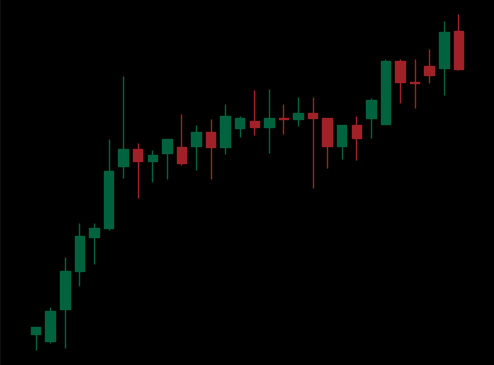
Pattern: unclassified